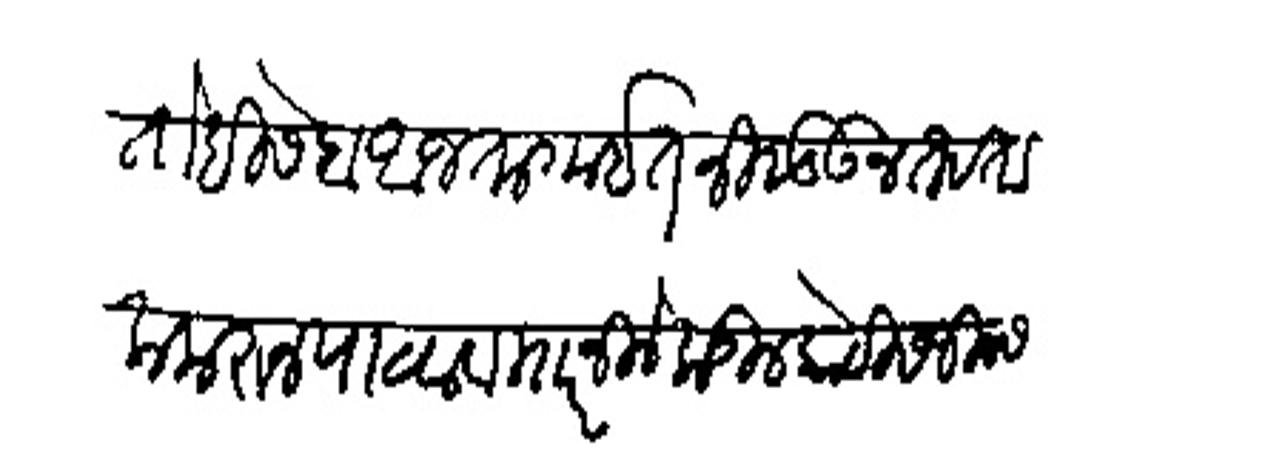
Transliteration (Devanagari): तो हिसेब आजतागाईत निवडऊन तहताला करून पाठवावा मारनिलेकडील कोठीस जिनस